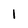
Character: 1